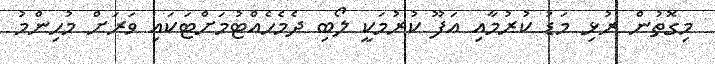
މިގޮތުން ރުޅި މަޑު ކުރުމާއި އަފޫ ކުރުމަކީ ލޯބި ދެމެހެއްޓުމަށްޓަކައި ވަރަށް މުހިންމު